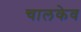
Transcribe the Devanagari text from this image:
चालकेव